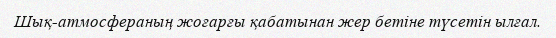
Шық-атмосфераның жоғарғы қабатынан жер бетіне түсетін ылғал.